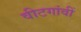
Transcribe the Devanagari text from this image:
वीटगांवीं